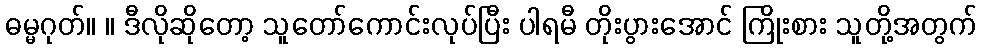
ဓမ္မဂုတ်။ ။ ဒီလိုဆိုတော့ သူတော်ကောင်းလုပ်ပြီး ပါရမီ တိုးပွားအောင် ကြိုးစား သူတို့အတွက်